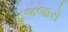
હજજારો